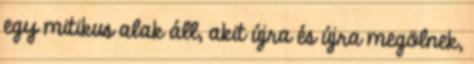
egy mitikus alak áll, akit újra és újra megölnek,